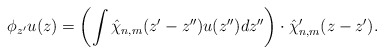
\begin{align*}\phi_{z'} u(z)= \left(\int \hat \chi_{n,m}(z'-z'') u(z'') dz''\right)\cdot \hat\chi'_{n,m}(z-z').\end{align*}